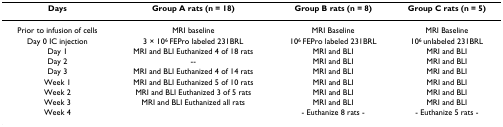
| Days | Group A rats (n = 18) | Group B rats (n = 8) | Group C rats (n = 5) |
 | --- | --- | --- | --- |
 | Prior to infusion of cells | MRI baseline | MRI Baseline | MRI Baseline |
 | Day 0 IC injection | 3 × 106 FEPro labeled 231BRL | 106 FEPro labeled 231BRL | 106 unlabeled 231BRL |
 | Day 1 | MRI and BLI Euthanized 4 of 18 rats | MRI and BLI | MRI and BLI |
 | Day 2 | -- | MRI and BLI | MRI and BLI |
 | Day 3 | MRI and BLI Euthanized 4 of 14 rats | MRI and BLI | MRI and BLI |
 | Week 1 | MRI and BLI Euthanized 5 of 10 rats | MRI and BLI | MRI and BLI |
 | Week 2 | MRI and BLI Euthanized 3 of 5 rats | MRI and BLI | MRI and BLI |
 | Week 3 | MRI and BLI Euthanized all rats | MRI and BLI | MRI and BLI |
 | Week 4 |  | - Euthanize 8 rats - | - Euthanize 5 rats - |